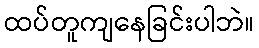
ထပ်တူကျနေခြင်းပါဘဲ။